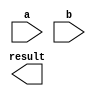
module Modified_Booth_Multiplier (
    input [31:0] a,
    input [31:0] b,
    output reg [63:0] result
);

// Add your Verilog code here

endmodule